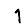
Digit: 1